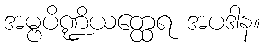
အမ္ဗပိဏ္ဍိယတ္ထေရ အပဒါန။